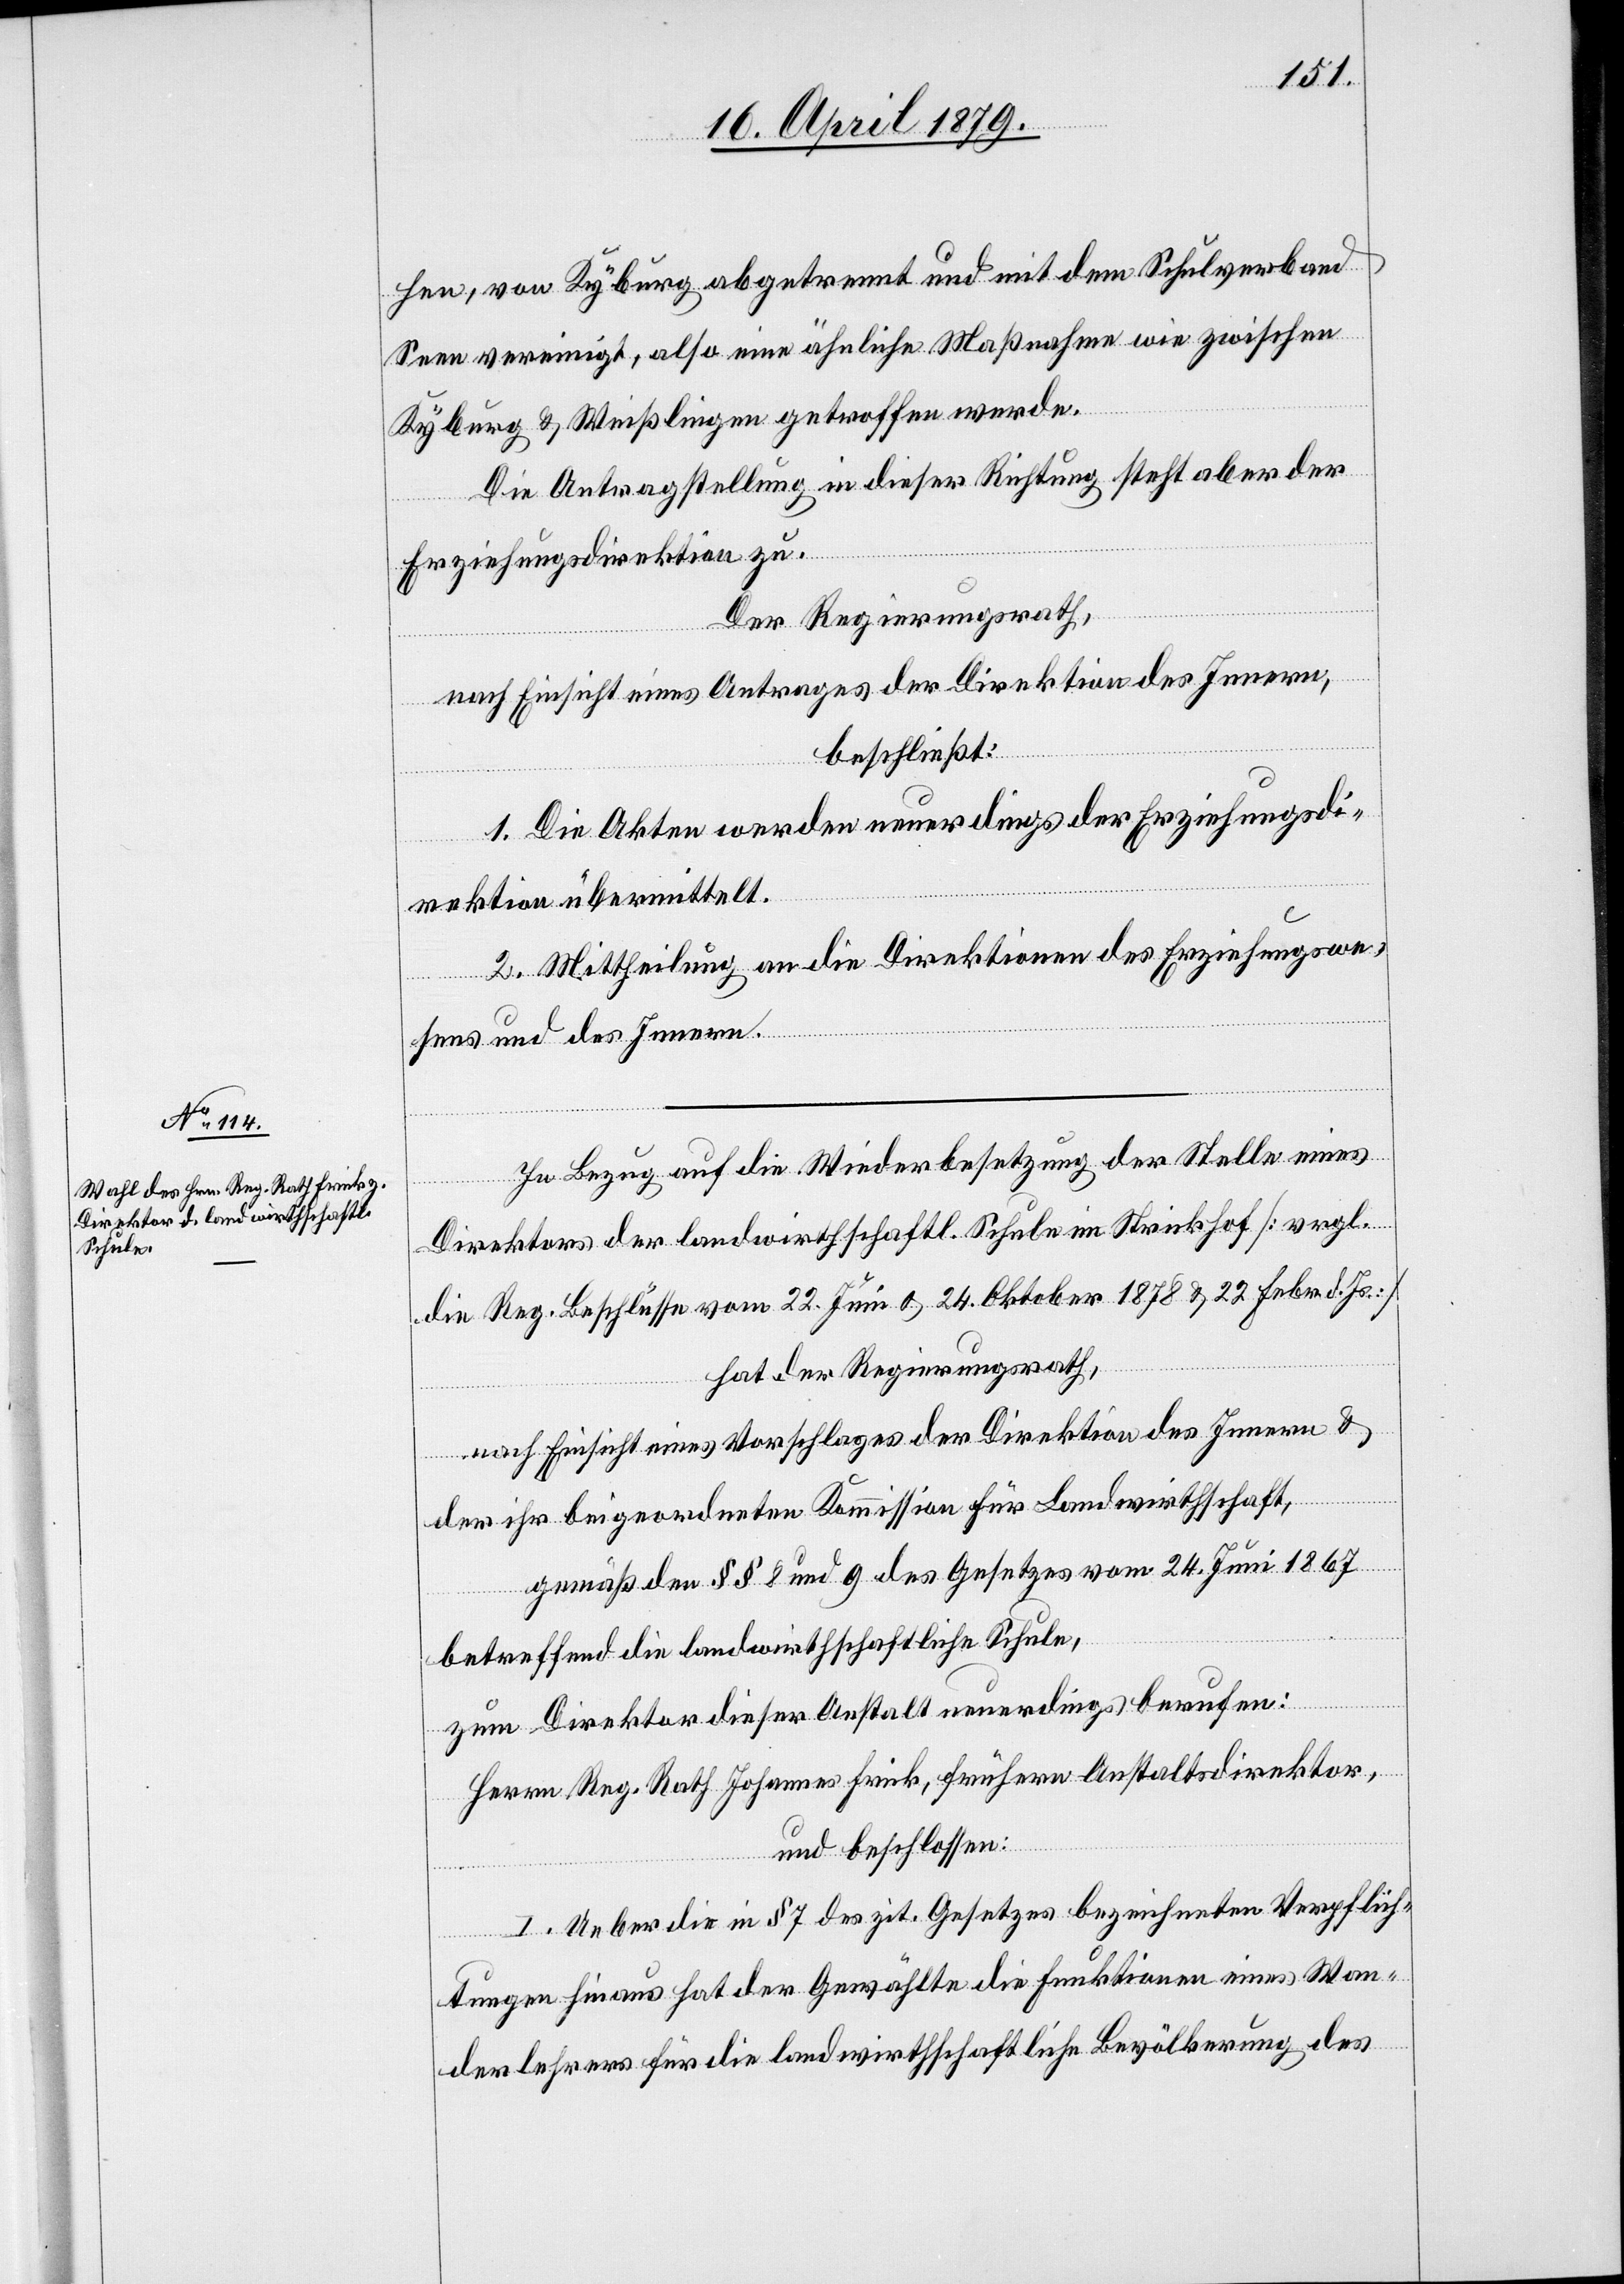
hen, von Kyburg abgetrennt und mit dem Schulverband
Seen vereinigt, also eine ähnliche Maßnahme wie zwischen
Kyburg & Weißlingen getroffen werde.
Die Antragstellung in dieser Richtung steht aber der
Erziehungsdirektion zu.
Der Regierungsrath,
nach Einsicht eines Antrages der Direktion des Innern,
beschließt:
1. Die Akten werden neuerdings der Erziehungsdi¬
rektion übermittelt.
2. Mittheilung an die Direktion des Erziehungswe¬
sens und des Innern.
In Bezug auf die Wiederbesetzung der Stelle eines
Direktors der landwirthschaftl. Schule im Strickhof [vrgl.
die Reg. Beschlüsse vom 22. Juni & 24. Oktober 1878 & 22. Febr. d. Js.]
hat der Regierungsrath,
nach Einsicht eines Vorschlages der Direktion des Innern &
der ihr beigeordneten Kommission für Landwirthschaft,
gemäß den §§ 8 und 9 des Gesetzes vom 24. Juni 1867
betreffend die landwirtschaftliche Schule,
zum Direktor dieser Anstalt neuerdings berufen:
Herrn Reg. Rath Johannes Frick, frühern Anstaltsdirektor,
und beschlossen:
1. Ueber die in § 7 des zit. Gesetzes bezeichneten Verpflich¬
tungen hinaus hat der Gewählte die Funktionen eines Wan¬
derlehrers für die landwirthschaftliche Bevölkerung des